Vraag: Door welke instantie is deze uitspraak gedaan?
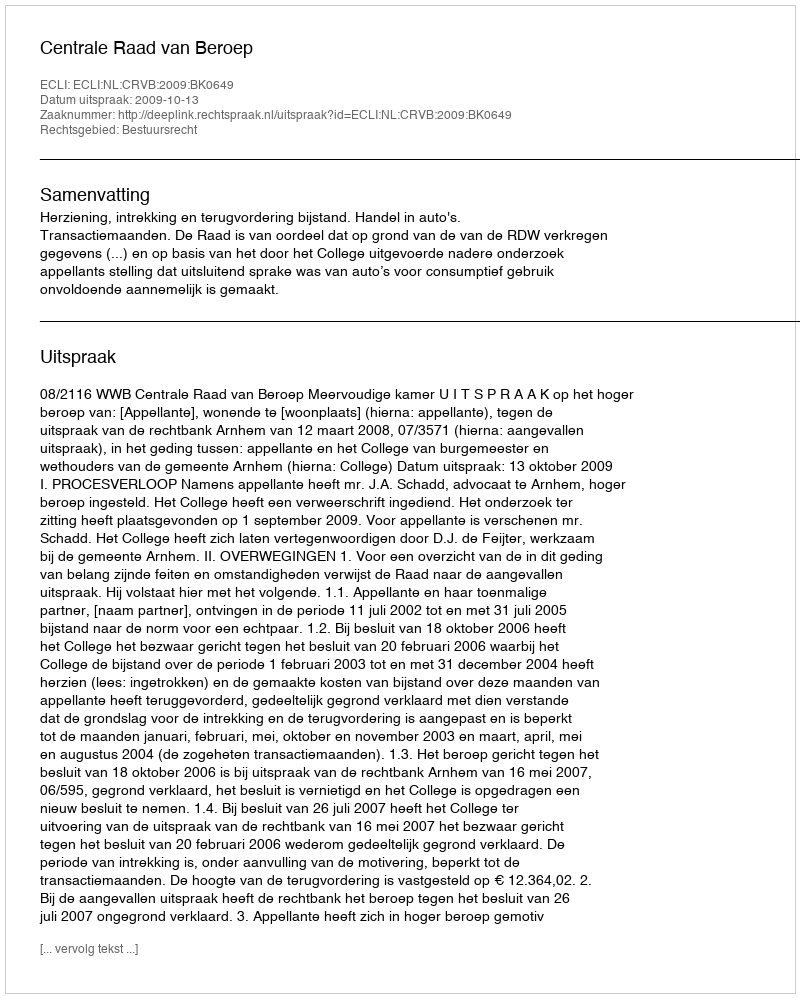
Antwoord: Centrale Raad van Beroep